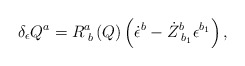
\begin{align*}\delta _\epsilon Q^a=R_{\;b}^a\left( Q\right) \left( \dot\epsilon ^b-\dot Z_{\;b_1}^b\epsilon ^{b_1}\right) ,\end{align*}